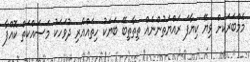
މެމްބަރަކަށް ވިޔޭ ކިޔާފަ ރައްޔަތުންނެއް ތިތާތިބޭ ބަޔަކު ހިތައްއެރި ދުވަހަކު މަސައްކަތް ކޮއްފާ